Vaccine operations Central Provinces 1900-1911 - 1900-1911
Year: 1900
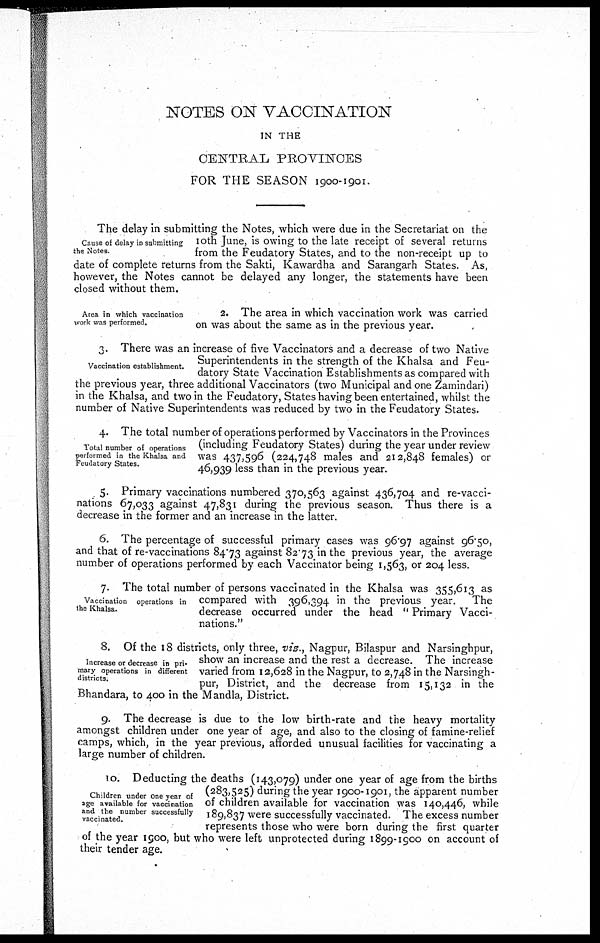
NOTES ON VACCINATION
IN THE
CENTRAL PROVINCES
FOR THE SEASON 1900-1901.
Cause of delay in submitting
the Notes.
The delay in submitting the Notes, which were due in the Secretariat on the
10th June, is owing to the late receipt of several returns
from the Feudatory States, and to the non-receipt up to
date of complete returns from the Sakti, Kawardha and Sarangarh States. As,
however, the Notes cannot be delayed any longer, the statements have been
closed without them.
Area in which vaccination
work was performed.
2. The area in which vaccination work was carried
on was about the same as in the previous year.
Vaccination establishment.
3. There was an increase of five Vaccinators and a decrease of two Native
Superintendents in the strength of the Khalsa and Feu-
datory State Vaccination Establishments as compared with
the previous year, three additional Vaccinators (two Municipal and one Zamindari)
in the Khalsa, and two in the Feudatory, States having been entertained, whilst the
number of Native Superintendents was reduced by two in the Feudatory States.
Total number of operations
performed in the Khalsa and
Feudatory States.
4. The total number of operations performed by Vaccinators in the Provinces
(including Feudatory States) during the year under review
was 437,596 (224,748 males and 212,848 females) or
46,939 less than in the previous year.
5. Primary vaccinations numbered 370,563 against 436,704 and re-vacci-
nations 67,033 against 47,831 during the previous season. Thus there is a
decrease in the former and an increase in the latter.
6. The percentage of successful primary cases was 96.97 against 96.50,
and that of re-vaccinations 84.73 against 82.73 in the previous year, the average
number of operations performed by each Vaccinator being 1,563, or 204 less.
Vaccination operations in
the Khalsa.
7. The total number of persons vaccinated in the Khalsa was 355,613 as
compared with 396,394 in the previous year. The
decrease occurred under the head " Primary Vacci-
nations."
Increase or decrease in pri-
mary operations in different
districts.
8. Of the 18 districts, only three, viz.
, Nagpur, Bilaspur and Narsinghpur,
show an increase and the rest a decrease. The increase
varied from 12,628 in the Nagpur, to 2,748 in the Narsingh-
pur, District, and the decrease from 15,132 in the
Bhandara, to 400 in the Mandla, District.
9. The decrease is due to the low birth-rate and the heavy mortality
amongst children under one year of age, and also to the closing of famine-relief
camps, which, in the year previous, afforded unusual facilities for vaccinating a
large number of children.
Children under one year of
age available for vaccination
and the number successfully
vaccinated.
10. Deducting the deaths (143,079) under one year of age from the births
(283,525) during the year 1900-1901, the apparent number
of children available for vaccination was 140,446, while
189,837 were successfully vaccinated. The excess number
represents those who were born during the first quarter
of the year 1900, but who were left unprotected during 1899-1900 on account of
their tender age.